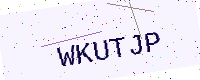
Text: WKUTJP